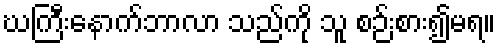
ဃကြီးနောက်ဘာလာ သည်ကို သူ စဉ်းစား၍မရ။